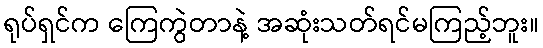
ရုပ်ရှင်က ကြေကွဲတာနဲ့ အဆုံးသတ်ရင်မကြည့်ဘူး။